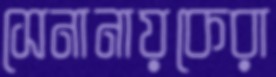
সেনানায়কেরা